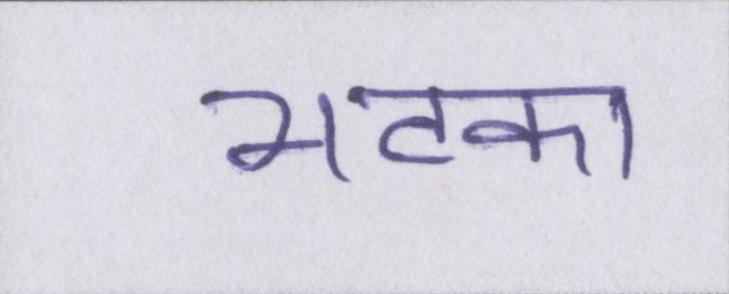
भटका